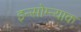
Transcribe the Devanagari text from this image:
इन्सोम्न्याक